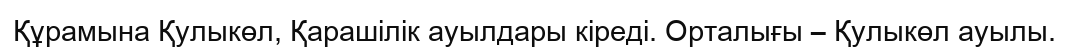
Құрамына Қулыкөл, Қарашілік ауылдары кіреді. Орталығы – Қулыкөл ауылы.